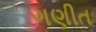
ગણીત